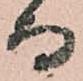
而